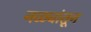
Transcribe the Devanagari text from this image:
नळ्यांतून